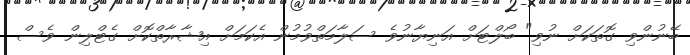
ބޭނުންވި ގޮތަކަށް ނުވި" ބޯލްޓަށް އަނިޔާނުވެ ސަލާމަތްވުމުން އެކަމަށް އިޝާރާތްކޮށް ގެޓްލިން ވެސް